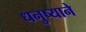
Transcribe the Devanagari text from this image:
धनुष्याने